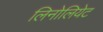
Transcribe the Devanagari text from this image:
लिनोलियेट